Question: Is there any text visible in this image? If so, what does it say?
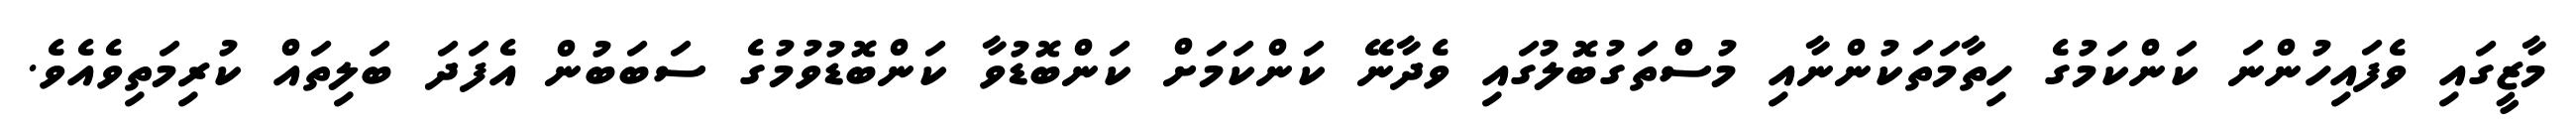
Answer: މާޒީގައި ވެފައިހުންނަ ކަންކަމުގެ ހިތާމަތަކުންނާއި މުސްތަގުބޮލުގައި ވެދާނޭ ކަންކަމަށް ކަންބޮޑުވާ ކަންބޮޑުވުމުގެ ސަބަބުން އެފަދަ ބަލިތައް ކުރިމަތިވެއެވެ.